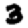
Digit: 3